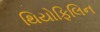
થિયોફિલિન